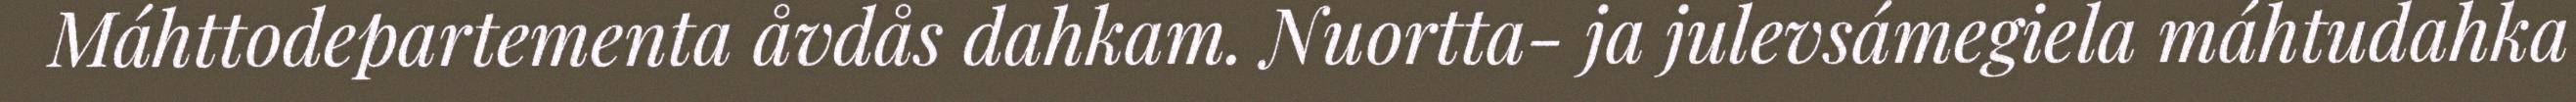
Máhttodepartementa åvdås dahkam. Nuortta- ja julevsámegiela máhtudahka